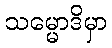
သမ္မောဒိမှာ